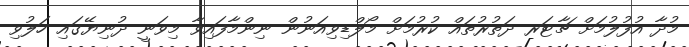
މުދާ އުފުލުމަށް ޗާޓަރ ދަތުރުތައް ކުރުމަށް މޯލްޑިވިއަނުން ނިންމާފައިވާ މިވަނީ ދުނިޔޭގައި ހަލުވި